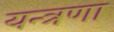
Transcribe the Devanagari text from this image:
यन्त्रणा